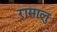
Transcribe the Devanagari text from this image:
रामालु